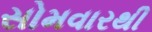
સોમવારથી